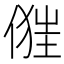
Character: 𠍧